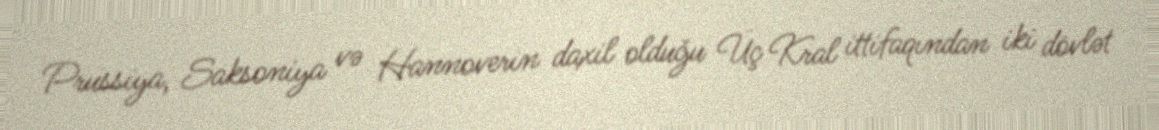
Prussiya, Saksoniya və Hannoverin daxil olduğu Üç Kral ittifaqından iki dövlət